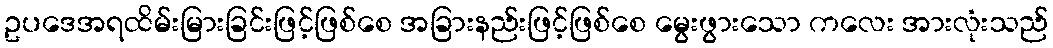
ဥပဒေအရထိမ်းမြားခြင်းဖြင့်ဖြစ်စေ အခြားနည်းဖြင့်ဖြစ်စေ မွေးဖွားသော ကလေး အားလုံးသည်